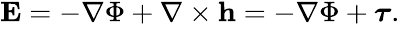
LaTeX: \begin{array}{r}{{\mathbf E}=-\nabla\Phi+\nabla\times\mathbf{h}=-\nabla\Phi+\boldsymbol{\tau}.}\end{array}